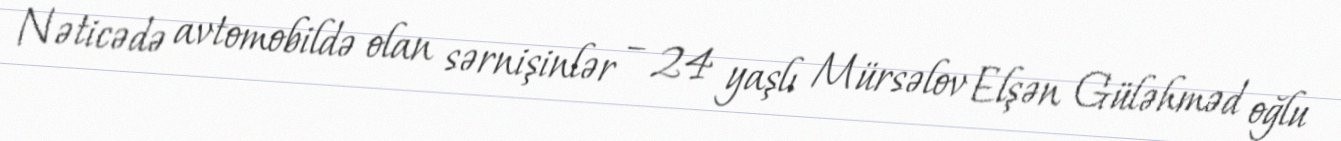
Nəticədə avtomobildə olan sərnişinlər – 24 yaşlı Mürsəlov Elşən Güləhməd oğlu